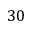
3 0